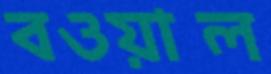
বওয়াল